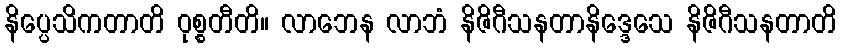
နိပ္ပေသိကတာတိ ဝုစ္စတီတိ။ လာဘေန လာဘံ နိဇိဂီသနတာနိဒ္ဒေသေ နိဇိဂီသနတာတိ